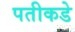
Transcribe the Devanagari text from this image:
पतीकडे